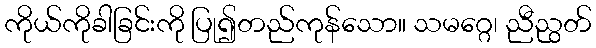
ကိုယ်ကိုခါခြင်းကို ပြု၍တည်ကုန်သော။ သမဂ္ဂေ၊ ညီညွတ်